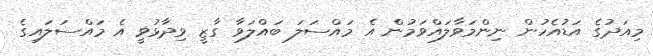
މިއަދުގެ އަޑުއެހުން ނިންމަވާލައްވަމުން އެ މައްސަލަ ބައްލަވާ ގާޒީ ވިދާޅުވީ އެ މައްސަލައިގެ